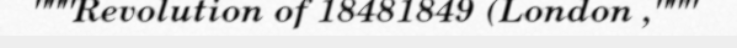
"""Revolution of 18481849 (London ,"""